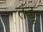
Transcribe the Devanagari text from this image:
तंडू